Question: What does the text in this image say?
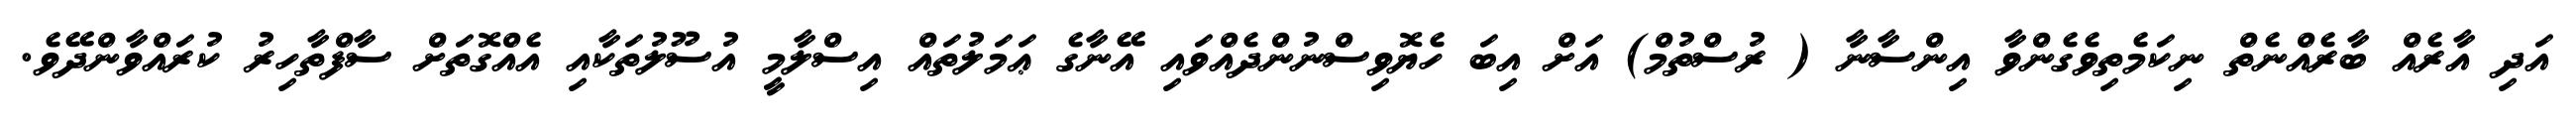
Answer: އަދި އާރެއް ބާރެއްނެތް ނިކަމެތިވެގެންވާ އިންސާނާ ( ރުސްތުމް) އަށް އިބަ ހެޔޮވިސްނުންދެއްވައި އޭނާގެ ޢަމަލުތައް އިސްލާމީ އުސޫލުތަކާއި އެއްގޮތަށް ސާފްތާހިރު ކުރައްވާންދޭވެ.